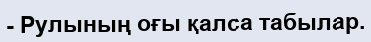
- Рулының оғы қалса табылар.